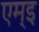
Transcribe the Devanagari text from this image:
एम्इ